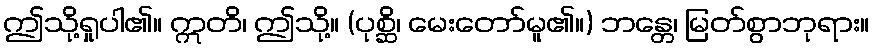
ဤသို့ရှုပါ၏။ ဣတိ၊ ဤသို့။ (ပုစ္ဆိ၊ မေးတော်မူ၏။) ဘန္တေ၊ မြတ်စွာဘုရား။